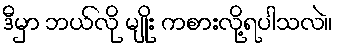
ဒီမှာ ဘယ်လို မျိုး ကစားလို့ရပါသလဲ။